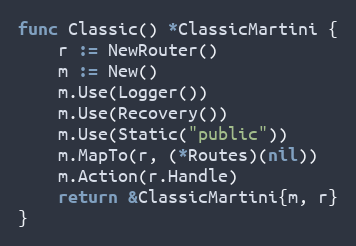
Language: Go
func Classic() *ClassicMartini {
	r := NewRouter()
	m := New()
	m.Use(Logger())
	m.Use(Recovery())
	m.Use(Static("public"))
	m.MapTo(r, (*Routes)(nil))
	m.Action(r.Handle)
	return &ClassicMartini{m, r}
}